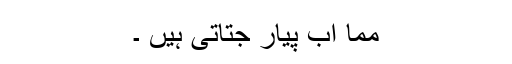
مما اب پیار جتاتی ہیں ۔